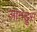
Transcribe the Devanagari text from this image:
आनड्रुस